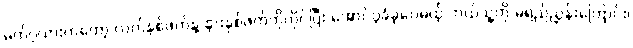
မက်ဂွဲယားကတော့ လက်နှစ်ဖက်နဲ့ နားနှစ်ဖက်ကိုကိုင်ပြီး အောင်ပွဲခံခဲ့ပေမယ့် ဘယ်သူ့ကို မရည်ညွှန်းကြောင်း၊